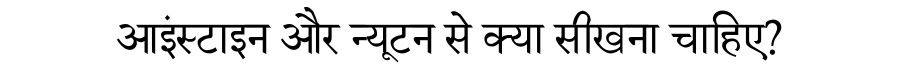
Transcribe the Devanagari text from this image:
आइंस्टाइन और न्यूटन से क्या सीखना चाहिए?